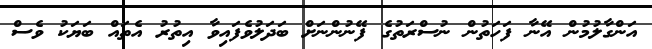
އަންގާލުމުން އޭނާ ފަހަތުން ނުސްރަތުގެ ފޭނުންނަށް ބަދަލުވެފައިވާ އިތުރު އެތައް ބަޔަކު ވެސް